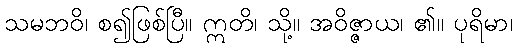
သမဘဝိ၊ စ၍ဖြစ်ပြီ။ ဣတိ၊ သို့။ အဝိဇ္ဇာယ၊ ၏။ ပုရိမာ၊